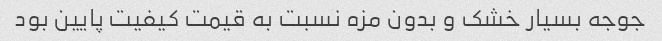
جوجه بسیار خشک و بدون مزه نسبت به قیمت کیفیت پایین بود